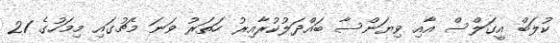
ކުލަބް އީގަލްސް އާއި ވިޔަންސާ ބައްދަލުކުރާއިރު ހަތަރު ވަނަ މެޗުގައި މިމަހުގެ 21